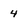
Character: 4